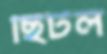
ছিটল